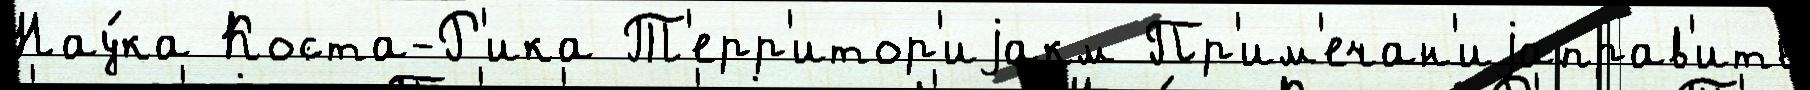
Нау́ка Коста-Р'ика Т'ерр'итор'иjакм Пр'им'ечан'иjаправ'ить